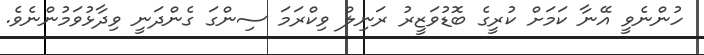
ހުންނެވީ އޭނާ ކަމަށް ކުރީގެ ބޮޑުވަޒީރު ރަނިލް ވިކްރަމަ ސިންގަ ގެންދަނީ ވިދާޅުވަމުންނެވެ.